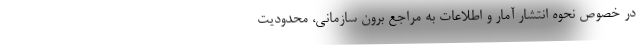
در خصوص نحوه انتشار آمار و اطلاعات به مراجع برون سازمانی، محدودیت